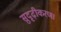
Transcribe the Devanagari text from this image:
सुदृढ़ीकरण।